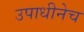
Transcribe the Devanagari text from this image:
उपाधीनेच